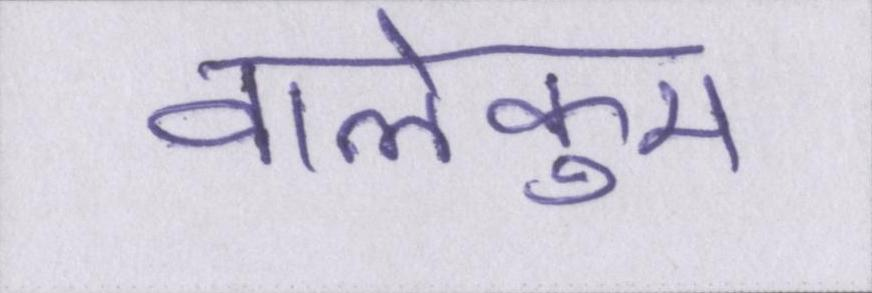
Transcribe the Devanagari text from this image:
वालेकुम